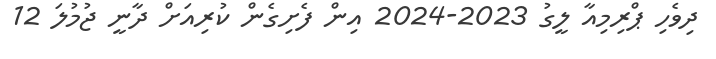
ދިވެހި ޕްރިމިއާ ލީގު 2023-2024 އިން ފެށިގެން ކުރިއަށް ދާނީ ޖުމުލަ 12